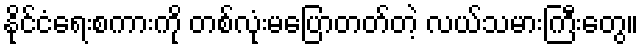
နိုင်ငံရေးစကားကို တစ်လုံးမပြောတတ်တဲ့ လယ်သမားကြီးတွေ။